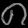
Digit: ၈